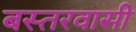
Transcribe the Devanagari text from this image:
बस्तरवासी